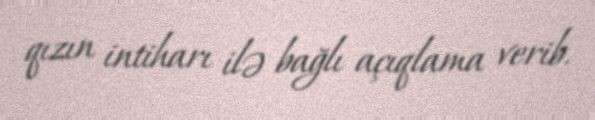
qızın intiharı ilə bağlı açıqlama verib.